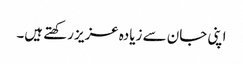
اپنی جان سے زیادہ عزیز رکھتے ہیں۔